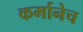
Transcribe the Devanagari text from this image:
कर्मानेच